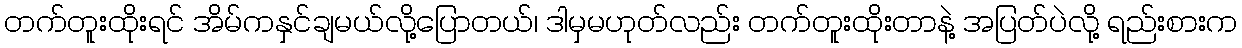
တက်တူးထိုးရင် အိမ်ကနှင်ချမယ်လို့ပြောတယ်၊ ဒါမှမဟုတ်လည်း တက်တူးထိုးတာနဲ့ အပြတ်ပဲလို့ ရည်းစားက